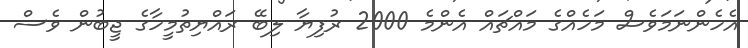
އެހެންނަމަވެސް މަހެއްގެ މައްޗައް އެންމެ 2000 ރުފިޔާ ލިބޭ ރައްޔިތުމީހާގެ ޖީބުން ވެސް